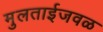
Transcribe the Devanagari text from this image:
मुलताईजवळ